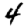
Digit: 4